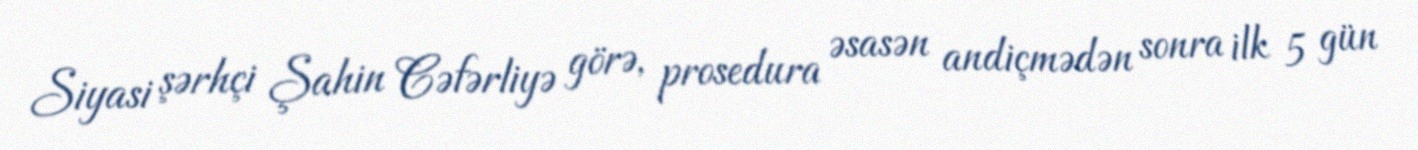
Siyasi şərhçi Şahin Cəfərliyə görə, prosedura əsasən andiçmədən sonra ilk 5 gün